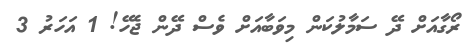
ރޯގާއަށް ދޭ ސަމާލުކަން މިވަބާއަށް ވެސް ދޭން ޖެހޭ! 1 އަހަރު 3